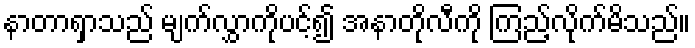
နာတာရှာသည် မျက်လွှာကိုပင့်၍ အနာတိုလီကို ကြည့်လိုက်မိသည်။